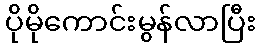
ပိုမိုကောင်းမွန်လာပြီး